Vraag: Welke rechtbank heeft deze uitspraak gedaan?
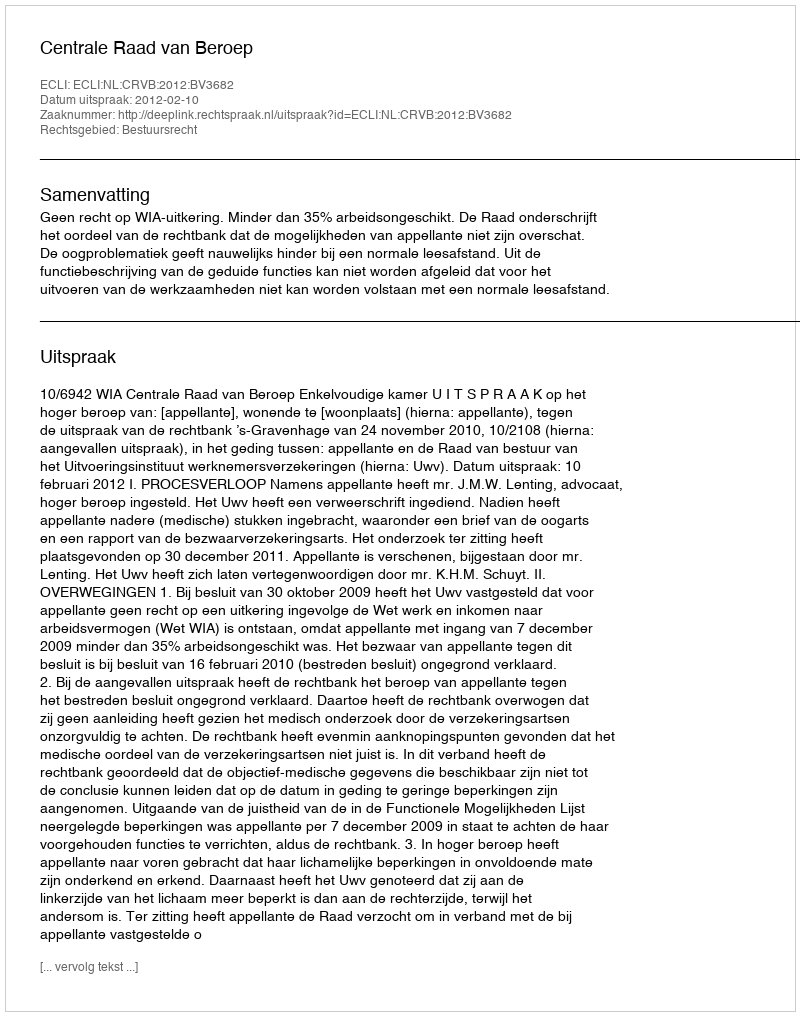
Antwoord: Centrale Raad van Beroep